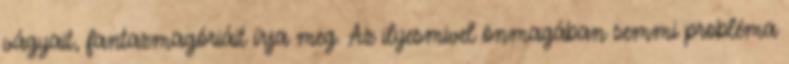
vágyait, fantazmagóriáit írja meg. Az ilyesmivel önmagában semmi probléma